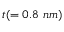
t ( = 0 . 8 \ n m )